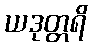
ယဒုတ္တရိ